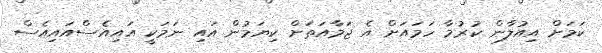
ކަމަށް އިއުލާން ކުރުމާ ހަމައަށް އެ ޖަމާއަތަށް ކިޔަމުން އައި ނަމަކީ އައިއެސްއައިއެސް